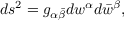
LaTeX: d s ^ { 2 } = g _ { \alpha \bar { \beta } } d w ^ { \alpha } d \bar { w } ^ { \beta } ,